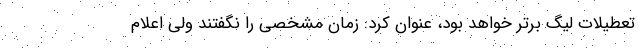
تعطیلات لیگ برتر خواهد بود، عنوان کرد: زمان مشخصی را نگفتند ولی اعلام